Lunatic asylums Bombay report 1891-1903 - 1891-1903
Year: 1891
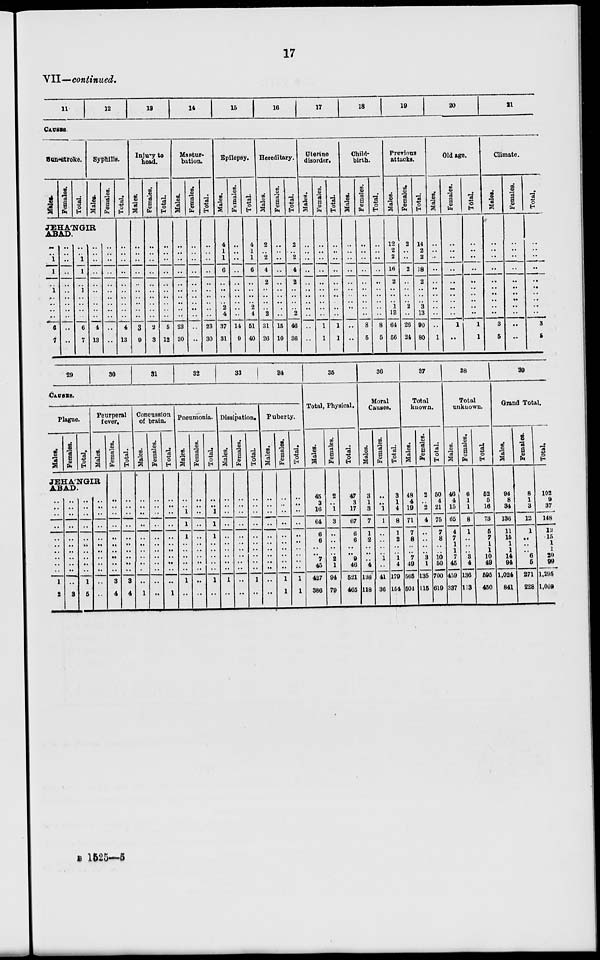
17
VII—continued.
11
12
13
14
15
16
17
18
19
20
21
CAUSES.
Bun-stroke.
Males.
Females.
Total.
Syphilis.
Males.
Females.
JEHÁNGIR
ABAD.
..
..
1
1
..
1
..
..
..
..
6
7
..
..
..
..
..
..
..
..
..
..
..
..
..
..
1
1
..
1
..
..
..
..
6
7
..
..
..
..
..
..
..
..
..
..
4
13
..
..
..
..
..
..
..
..
..
..
..
..
Total.
..
..
..
..
..
..
..
..
..
..
4
13
Injury to
head.
Males.
..
..
..
..
..
..
..
..
..
..
3
9
Females.
..
..
..
..
..
..
..
..
..
..
2
3
Total
..
..
..
..
..
..
..
..
..
..
5
12
Mastur-
bation.
Males.
..
..
..
..
..
..
..
..
..
..
23
30
Females.
..
..
..
..
..
..
..
..
..
..
..
..
Total.
..
..
..
..
..
..
..
..
..
..
23
30
Epilepsy.
Males.
4
1
1
6
..
..
..
..
2
4
37
31
Females.
..
..
..
..
..
..
..
..
..
..
14
9
Total.
4
1
1
6
..
..
..
..
2
4
51
40
Hereditary.
Males.
2
..
2
4
2
..
..
..
..
2
31
26
Females.
..
..
..
..
..
..
..
..
..
..
15
10
Total.
2
..
2
4
2
..
..
..
..
2
46
36
Uterine
disorder.
Males.
..
..
..
..
..
..
..
..
..
..
..
..
Females.
..
..
..
..
..
..
..
..
..
..
1
1
Total.
..
..
..
..
..
..
..
..
..
..
1
1
Child-
birth.
Males.
..
..
..
..
..
..
..
..
..
..
..
..
Females.
..
..
..
..
..
..
..
..
..
..
8
5
Total.
..
..
..
..
..
..
..
..
..
..
8
5
Previous
attacks.
Males.
12
2
2
16
2
..
..
..
1
13
64
56
Females.
2
..
..
2
..
..
..
..
2
..
26
24
Total.
14
2
2
18
2
..
..
..
3
13
90
80
Old age.
Males.
..
..
...
..
..
..
..
..
..
..
..
1
Females.
..
..
..
..
..
..
..
..
..
..
1
..
Total.
..
..
..
..
..
..
..
..
..
..
1
1
Climate.
Males.
..
..
..
..
..
..
..
..
..
..
3
5
Females.
..
..
..
..
..
..
..
..
..
..
..
...
Total.
..
..
..
..
..
..
..
..
..
..
3
5
29
30
31
32
33
34
CAUSES.
Plague.
Males.
Females.
Total.
Peurperal
fever.
Males.
JEHA'NGIR
ABAD.
..
..
..
..
..
..
..
..
..
..
1
2
..
..
..
..
..
..
..
..
..
..
..
3
..
..
..
..
..
..
..
..
..
..
1
5
..
..
..
..
..
..
..
..
..
..
..
..
Females.
..
..
..
..
..
..
..
..
..
..
3
4
Total.
..
..
..
..
..
..
..
..
..
..
3
4
Concussion
of brain.
Males.
..
..
..
..
..
..
..
..
..
..
..
1
Females.
..
..
..
..
..
..
..
..
..
..
..
..
Total.
..
..
..
..
..
..
..
..
..
..
..
1
Pneumonia.
Males.
..
..
1
1
1
..
..
..
..
..
1
..
Females.
..
..
..
..
..
..
..
..
..
..
..
..
Total.
..
..
1
1
1
..
..
..
..
..
1
..
Dissipation.
Males.
..
..
..
..
..
..
..
..
..
..
1
..
Females.
..
..
..
..
..
..
..
..
..
..
..
..
Total.
..
..
..
..
..
..
..
..
..
..
1
..
Puberty.
Males.
..
..
..
..
..
..
..
..
..
..
..
..
Females.
..
..
..
..
..
..
..
..
..
..
1
1
Total.
..
..
..
..
..
..
..
..
..
..
1
1
35
Total, Physical.
Males.
45
3
16
64
6
6
..
..
7
45
427
386
Females.
2
..
1
3
..
..
..
..
2
1
94
79
Total.
47
3
17
67
6
6
..
..
9
46
521
465
36
Moral
Causes.
Males.
3
1
3
7
1
2
..
..
..
4
138
118
Females.
..
..
1
1
..
..
..
..
1
..
41
36
Total.
3
1
4
8
1
2
..
..
1
4
179
154
37
Total
known.
Males.
48
4
19
71
7
8
..
..
7
49
565
504
Females.
2
..
2
4
..
..
..
..
3
1
135
115
Total.
50
4
21
75
7
8
..
..
10
50
700
619
38
Total
unknown.
Males.
46
4
15
65
4
7
1
1
7
45
459
337
Females.
6
1
1
8
1
..
..
..
3
4
136
113
Total.
52
5
16
73
5
7
1
1
10
49
595
450
39
Grand Total.
Males.
94
8
34
136
11
15
1
1
14
94
1,024
841
Females.
8
1
3
12
1
..
..
..
6
5
271
228
Total.
102
9
37
148
12
15
1
1
20
99
1,295
1,069
B 1525—5